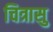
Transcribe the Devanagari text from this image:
चित्रासु